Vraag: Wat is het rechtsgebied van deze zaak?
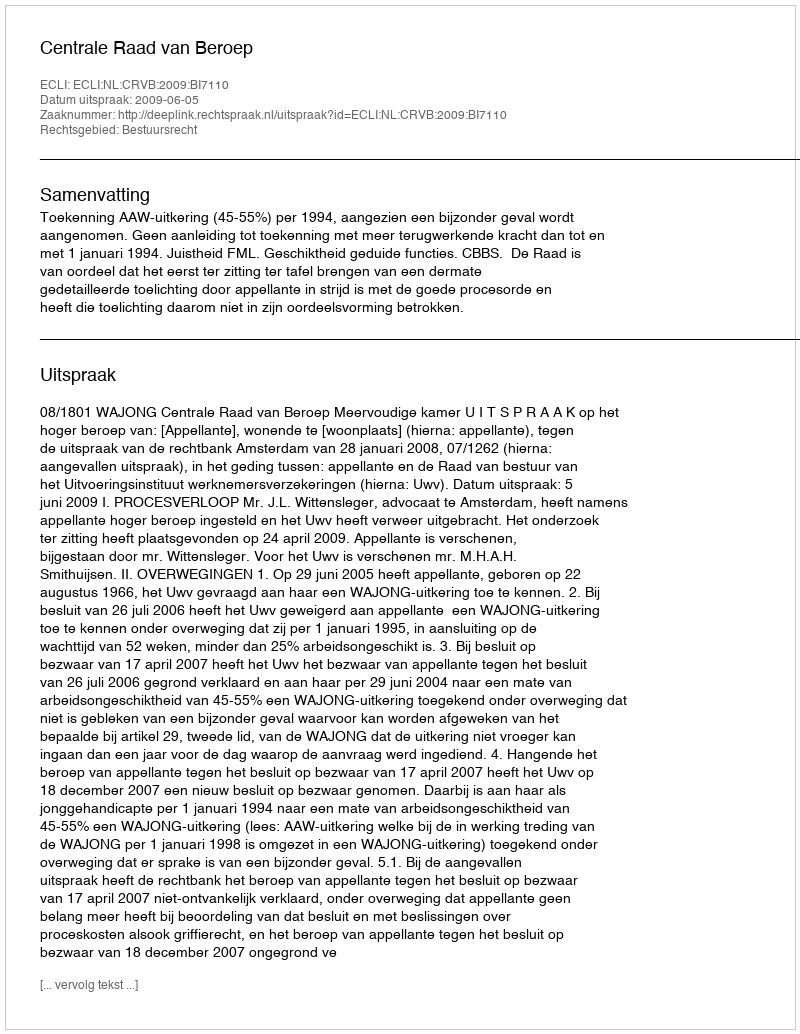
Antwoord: Bestuursrecht